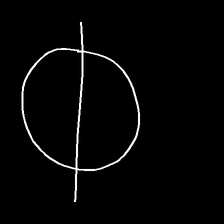
Glyph: orb